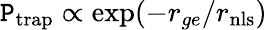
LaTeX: \mathtt{P}_{\mathrm{{trap}}}\propto\exp(-r_{ge}/r_{\mathrm{{{nls}}}})